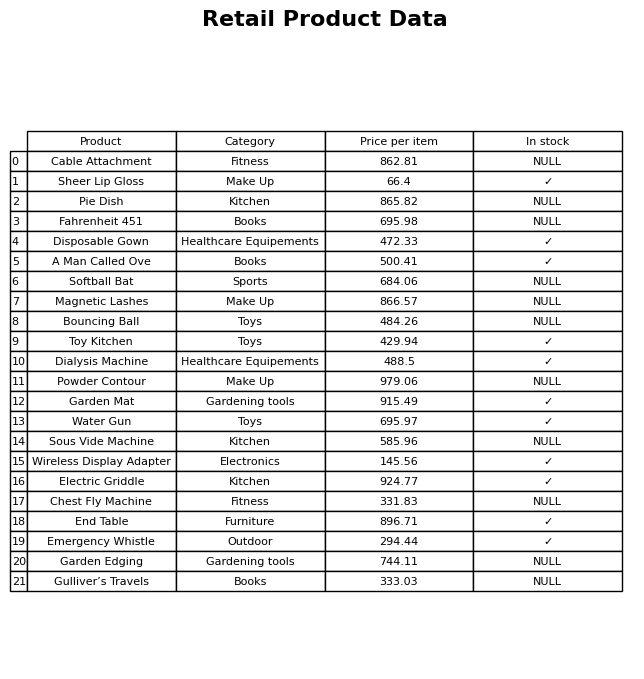
question: What is the price for Garden Edging?
answer: The price of Garden Edging is 744.11.